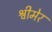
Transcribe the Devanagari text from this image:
श्वीमेर